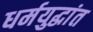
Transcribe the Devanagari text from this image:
धर्मयुद्धांत